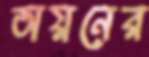
অয়নের